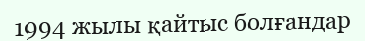
1994 жылы қайтыс болғандар